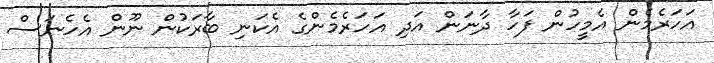
އަހަރެމެން އެމީހުން ފަހާ ދާނަން އަދި އަހަރެމެންގެ އެކަނި ބާރަކުން ނޫން އެހެނަސް